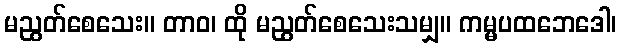
မညွတ်စေသေး။ တာဝ၊ ထို မညွတ်စေသေးသမျှ။ ကမ္မပထဘေဒေါ၊